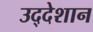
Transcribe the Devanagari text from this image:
उद्देशान